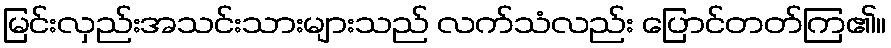
မြင်းလှည်းအသင်းသားများသည် လက်သံလည်း ပြောင်တတ်ကြ၏။